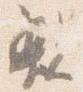
親